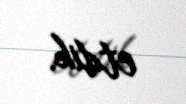
etdik.